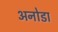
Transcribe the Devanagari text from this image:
अनोडा